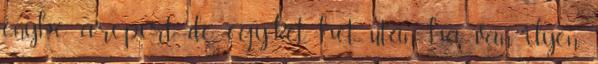
enyhe arcpírt, de egy-két hét után, ha van ilyen